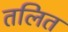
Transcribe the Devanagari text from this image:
तलित